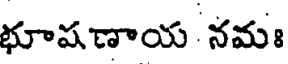
భూషణాయ నమః